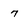
Character: 7